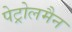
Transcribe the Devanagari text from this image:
पेट्रोलमैन